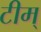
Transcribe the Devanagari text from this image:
टीम्